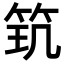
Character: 𥬶